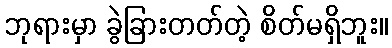
ဘုရားမှာ ခွဲခြားတတ်တဲ့ စိတ်မရှိဘူး။